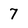
Character: 7